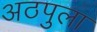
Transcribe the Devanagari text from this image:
अठपुला